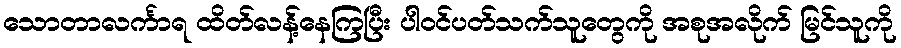
သောတာလင်္ကာရ ထိတ်လန့်နေကြပြီး ပါဝင်ပတ်သက်သူတွေကို အစုအလိုက် မြင်သူကို